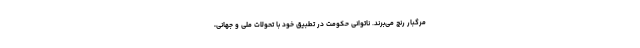
مرگبار رنج می‌برند. ناتوانی حکومت در تطبیق خود با تحولات ملی و جهانی،